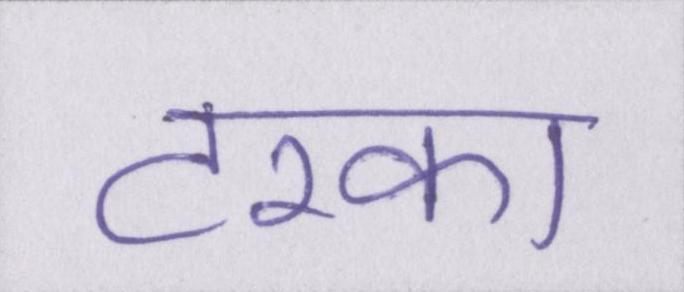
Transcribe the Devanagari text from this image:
टरका